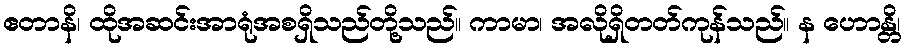
ဧတာနိ၊ ထိုအဆင်းအာရုံအစရှိသည်တို့သည်။ ကာမာ၊ အလိုရှိတတ်ကုန်သည်။ န ဟောန္တိ၊